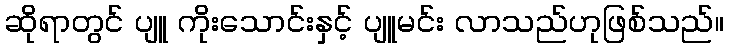
ဆိုရာတွင် ပျူ ကိုးသောင်းနှင့် ပျူမင်း လာသည်ဟုဖြစ်သည်။